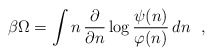
\begin{align*}\beta\Omega=\int n \, \frac{\partial}{\partial n}\log\frac{\psi(n)}{\varphi(n)} \, dn \ \ ,\end{align*}